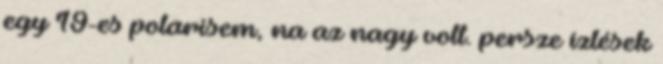
egy 19-es polarisem, na az nagy volt. persze ízlések